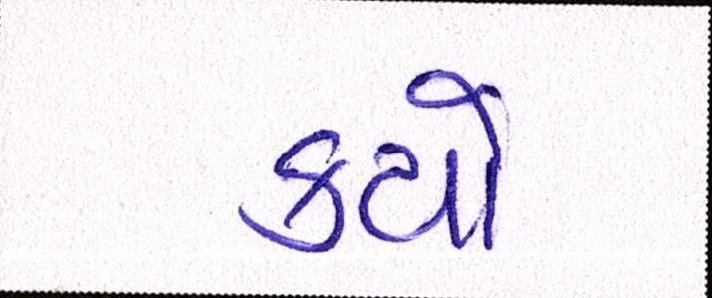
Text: કયો